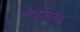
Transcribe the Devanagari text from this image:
स्टालिनच